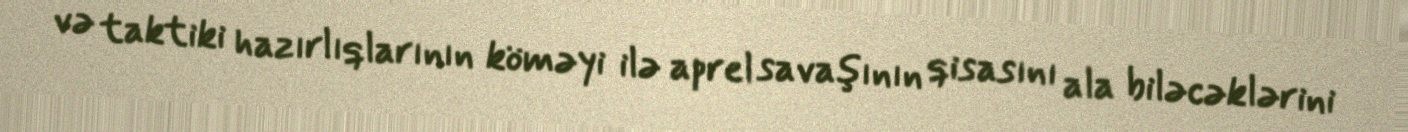
və taktiki hazırlıqlarının köməyi ilə aprel savaşının qisasını ala biləcəklərini